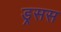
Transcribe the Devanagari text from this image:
ड्रसस